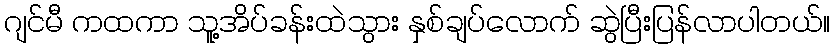
ဂျင်မီ ကထကာ သူ့အိပ်ခန်းထဲသွား နှစ်ချပ်လောက် ဆွဲပြီးပြန်လာပါတယ်။